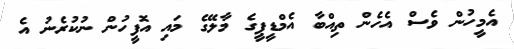
އެމީހުން ވެސް އެހެން ތިއްބާ އެމްޑީޕީގެ މާލޭގެ މައި އޮފީހުން ނުކުރެނު އެ